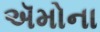
ઍમોના